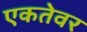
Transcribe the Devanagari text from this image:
एकतेवर